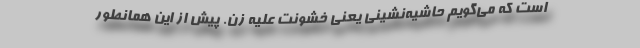
است كه مي‌گويم حاشيه‌نشيني يعني خشونت عليه زن. پيش از اين همانطور